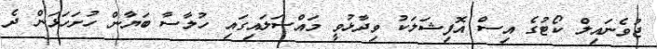
ޖުވެނައިލް ކޯޓުގެ އިސް އޮފިޝަލަކު ވިދާޅުވީ މައްސަލައިގައި ހުލާސާ ބަޔާން ހުށަހަޅަން ދެ